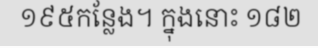
១៩៥កន្លែង។ ក្នុងនោះ ១៨២